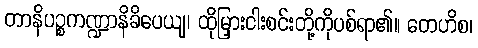
တာနိပဉ္စကဏ္ဍာနိခိပေယျ၊ ထိုမြှားငါးစင်းတို့ကိုပစ်ရာ၏။ တေဟိစ၊